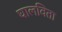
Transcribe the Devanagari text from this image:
घालविता